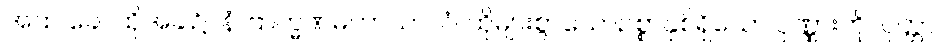
အထ ခေါ၊ ထိုအခါ၌။ နံ ဗြာဟ္မဏမဟာသာလံ၊ ထိုများစွာသောဥစ္စာနှစ်ရှိသော ပုဏ္ဏားကို။ ပုတ္တာ၊